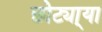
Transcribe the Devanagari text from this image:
छोट्या्या